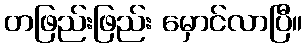
တဖြည်းဖြည်း မှောင်လာပြီ။